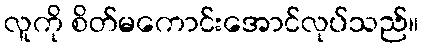
လူကို စိတ်မကောင်းအောင်လုပ်သည်။